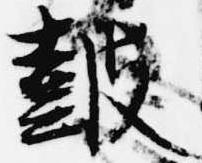
鼓